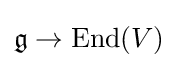
{\mathfrak {g}}\rightarrow {\text{End}}(V)